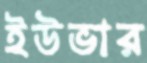
ইউভার